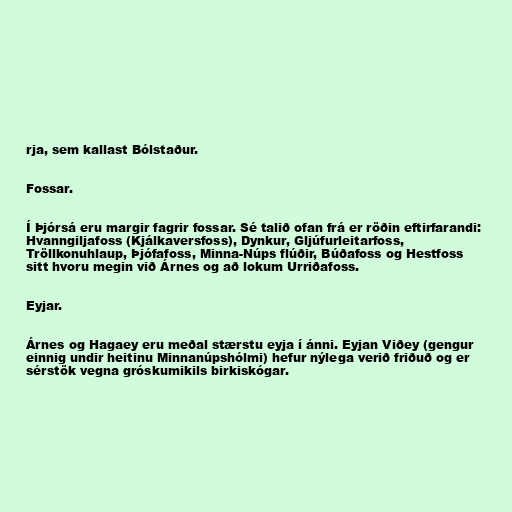
rja, sem kallast Bólstaður.

Fossar.

Í Þjórsá eru margir fagrir fossar. Sé talið ofan frá er röðin eftirfarandi:
Hvanngiljafoss (Kjálkaversfoss), Dynkur, Gljúfurleitarfoss,
Tröllkonuhlaup, Þjófafoss, Minna-Núps flúðir, Búðafoss og Hestfoss
sitt hvoru megin við Árnes og að lokum Urriðafoss.

Eyjar.

Árnes og Hagaey eru meðal stærstu eyja í ánni. Eyjan Viðey (gengur
einnig undir heitinu Minnanúpshólmi) hefur nýlega verið friðuð og er
sérstök vegna gróskumikils birkiskógar.